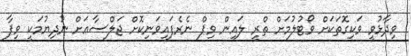
ވިދާޅުވީ ވަކިގޮތަކަށް ވޯޓުލުމަށް ތްރީ ލައިން ވިޕް ނެރެފައިވަނިކޮށް ޖަލްސާއަށް ނުދިޔުމަކީ ވިޕާ